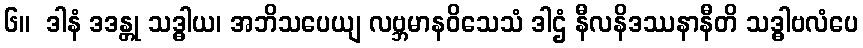
၆။  ဒါနံ ဒဒန္တု သဒ္ဓါယ၊ အဘိသပေယျ လဗ္ဘမာနဝိသေသံ ဒါဌံ နီလနိဒဿနာနီတိ သဒ္ဓါဗလံပေ